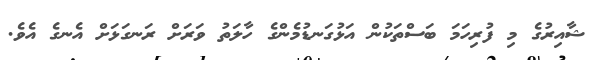
ޝާއިރުގެ މި ފުރިހަމަ ބަސްތަކުން އަޅުގަނޑުމެންގެ ހާލަތު ވަރަށް ރަނގަޅަށް އެނގެ އެވެ.